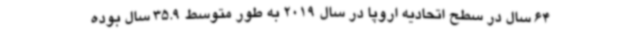
64 سال در سطح اتحادیه اروپا در سال 2019 به طور متوسط 35.9 سال بوده